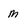
Character: m